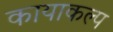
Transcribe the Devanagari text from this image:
कायाकल्‍प